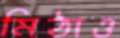
মিঠাও